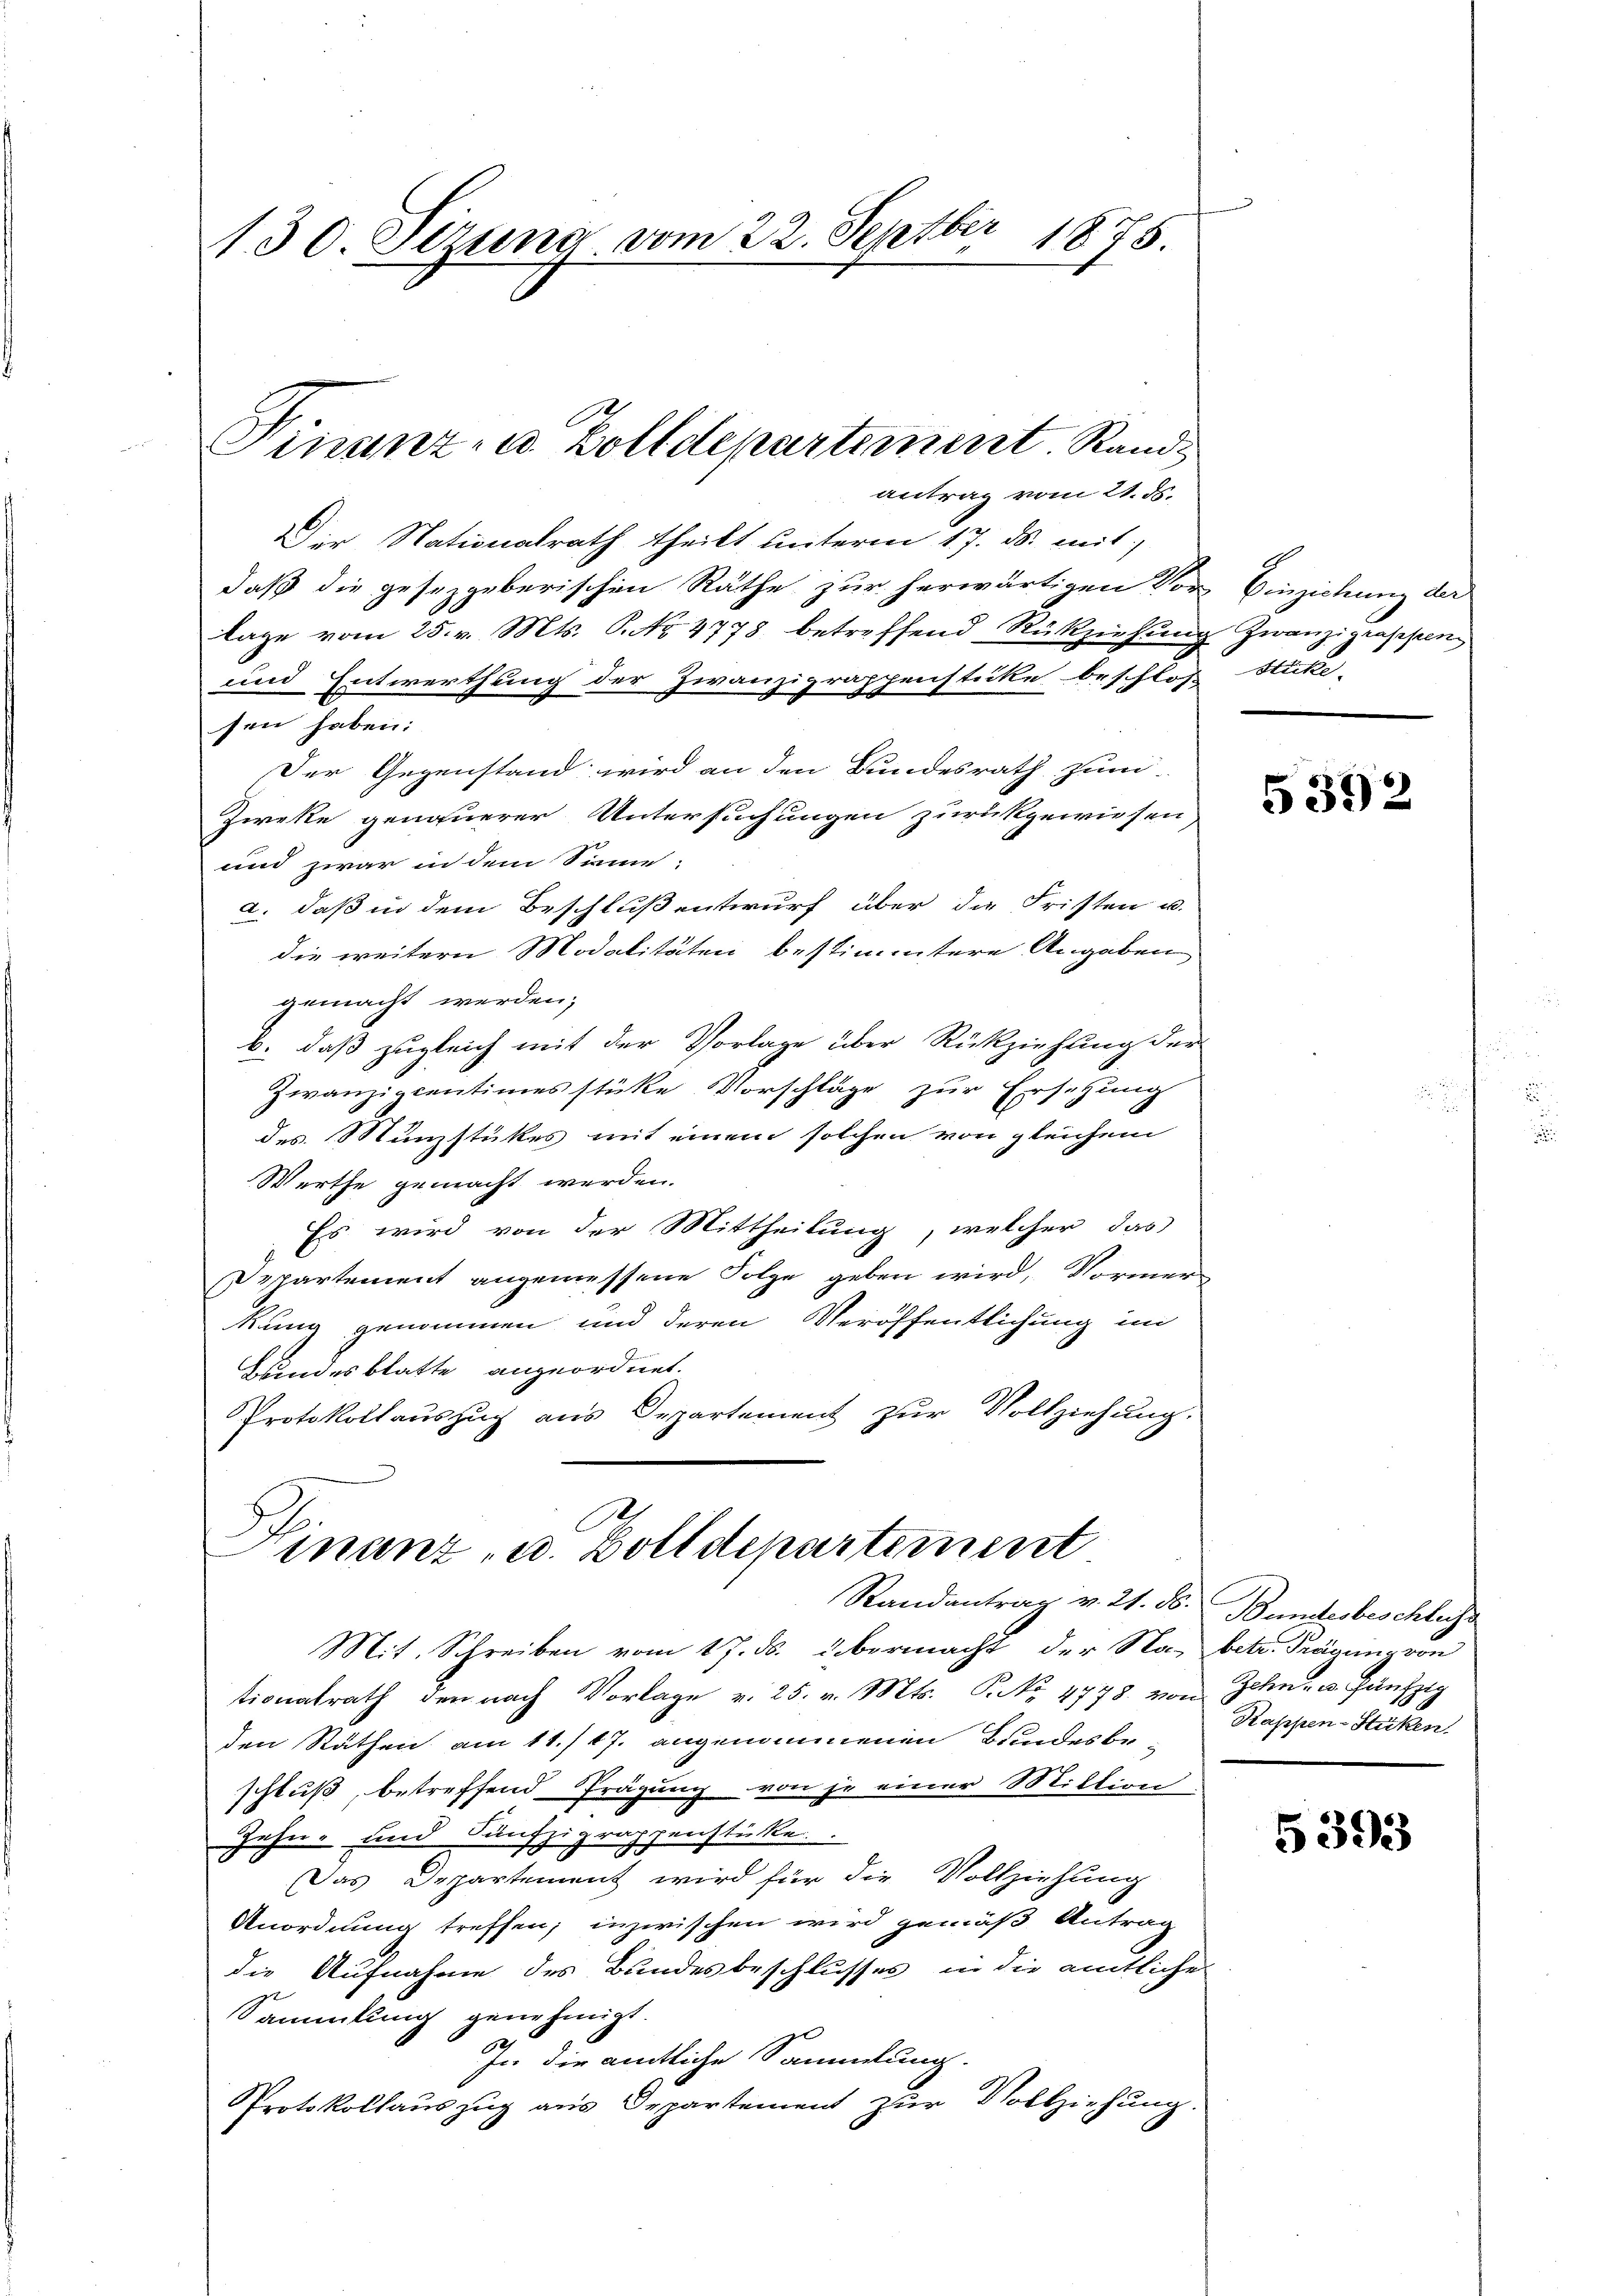
130. Sizung vom 22. Septbr 1875.

antrag vom 21. ds.
Der Nationalrath theilt unterm 17. ds. mit
daß die gesetzgeberischen Räthe zur herwärtigen Vor Einziehung der
lage vom 25. v. Mts. P. No 4778 betreffend Rückziehung zwanzigrappen
und Entwerthung der Zwanziprappenstüke beschlos-
sen haben:
Der Gegenstand wird an den Bundesrath zum
Zieke genauerer Untersuchungen zurückgewiesen
und zwar in dem Sinne,
2. daß in dem Beschluß entwurf über die Fristen u.
die weitern Modalitäten bestimmtere Angaben
gemacht werden;
b. daß zugleich mit der Vorlage über Rückziehung der
Zwanzipcentimes stüke Vorschläge zur Ersetzung
des Münzstückes mit einem solchen von gleichem
Werthe gemacht werden.
Es wird von der Mittheilung, welcher das
Departement angemessene Folge geben wird, Vormerkung genommen und deren Veröffentlichung im
Bundesblatte angeordnet.
Protokollauszug aus Departement zur Vollziehung.
A

Finanz- u. Zolldepartement. Rand

Hinanz, u. Zolldepartement
Randantrag v. 21. d. Bundesbeschluss

Mit. Schreiben vom 17. ds. übermacht der Na- betr. Frägung von
tionalrath den nach Vorlage v. 25. v. Mts. P. NNo. 4778. von Zehn- u. Häufzig
den Räthen am 11./17. angenommenen Bundesbe-
schluß, betreffend Prägung von je einer Mittion.
Zehn- und Fünfzigrappenstücke
Das Departement wird für die Vollziehung
Anordnung treffen; inzwischen wird gemäß Antrag
die Aufnahme des Bundesbeschlusses in die amtliche
Sammlung genehmigt.
In die amtliche Sammlung.
Protokollauszug aus Departement zŭr Vollziehung.

stücke.

5352

Kappen-Stüken.

5393